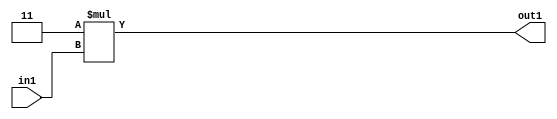
`timescale 1ps / 1ps
/*****************************************************************************
    Verilog RTL Description
    
    
    Created by: Stratus DpOpt 2019.1.01 
*******************************************************************************/

module DC_Filter_Mul2i3u2_1 (
	in1,
	out1
	); /* architecture "behavioural" */ 
input [1:0] in1;
output [3:0] out1;
wire [3:0] asc001;

assign asc001 = 
	+(4'B0011 * in1);

assign out1 = asc001;
endmodule

/* CADENCE  urbxSAE= : u9/ySgnWtBlWxVPRXgAZ4Og= ** DO NOT EDIT THIS LINE ******/